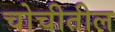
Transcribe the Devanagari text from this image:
चोचीतील